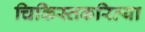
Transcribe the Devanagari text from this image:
चिकिस्तकरित्या